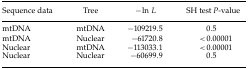
| Sequence data | Tree | −ln L | SH test P-value |
 | --- | --- | --- | --- |
 | mtDNA | mtDNA | −109219.5 | 0.5 |
 | mtDNA | Nuclear | −61720.8 | < 0.00001 |
 | Nuclear | mtDNA | −113033.1 | < 0.00001 |
 | Nuclear | Nuclear | −60699.9 | 0.5 |